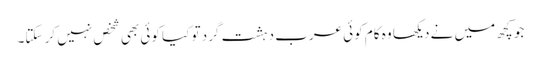
جو کچھ میں نے دیکھا وہ کام کوئی عرب دہشت گرد تو کیا کوئی بھی شخص نہیں کر سکتا۔